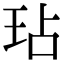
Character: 玷